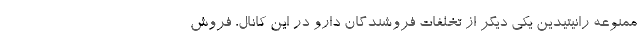
ممنوعه رانیتیدین یکی دیگر از تخلفات فروشندگان دارو در این کانال، فروش